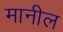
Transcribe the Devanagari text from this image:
मानील